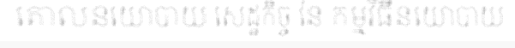
គោលនយោបាយ សេដ្ឋកិច្ច នៃ កម្មវិធីនយោបាយ